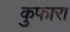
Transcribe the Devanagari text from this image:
कुफारा